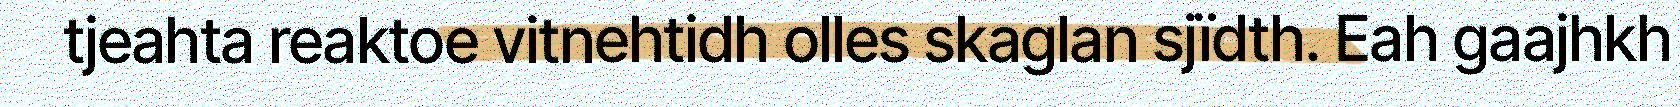
tjeahta reaktoe vitnehtidh olles skaglan sjïdth. Eah gaajhkh